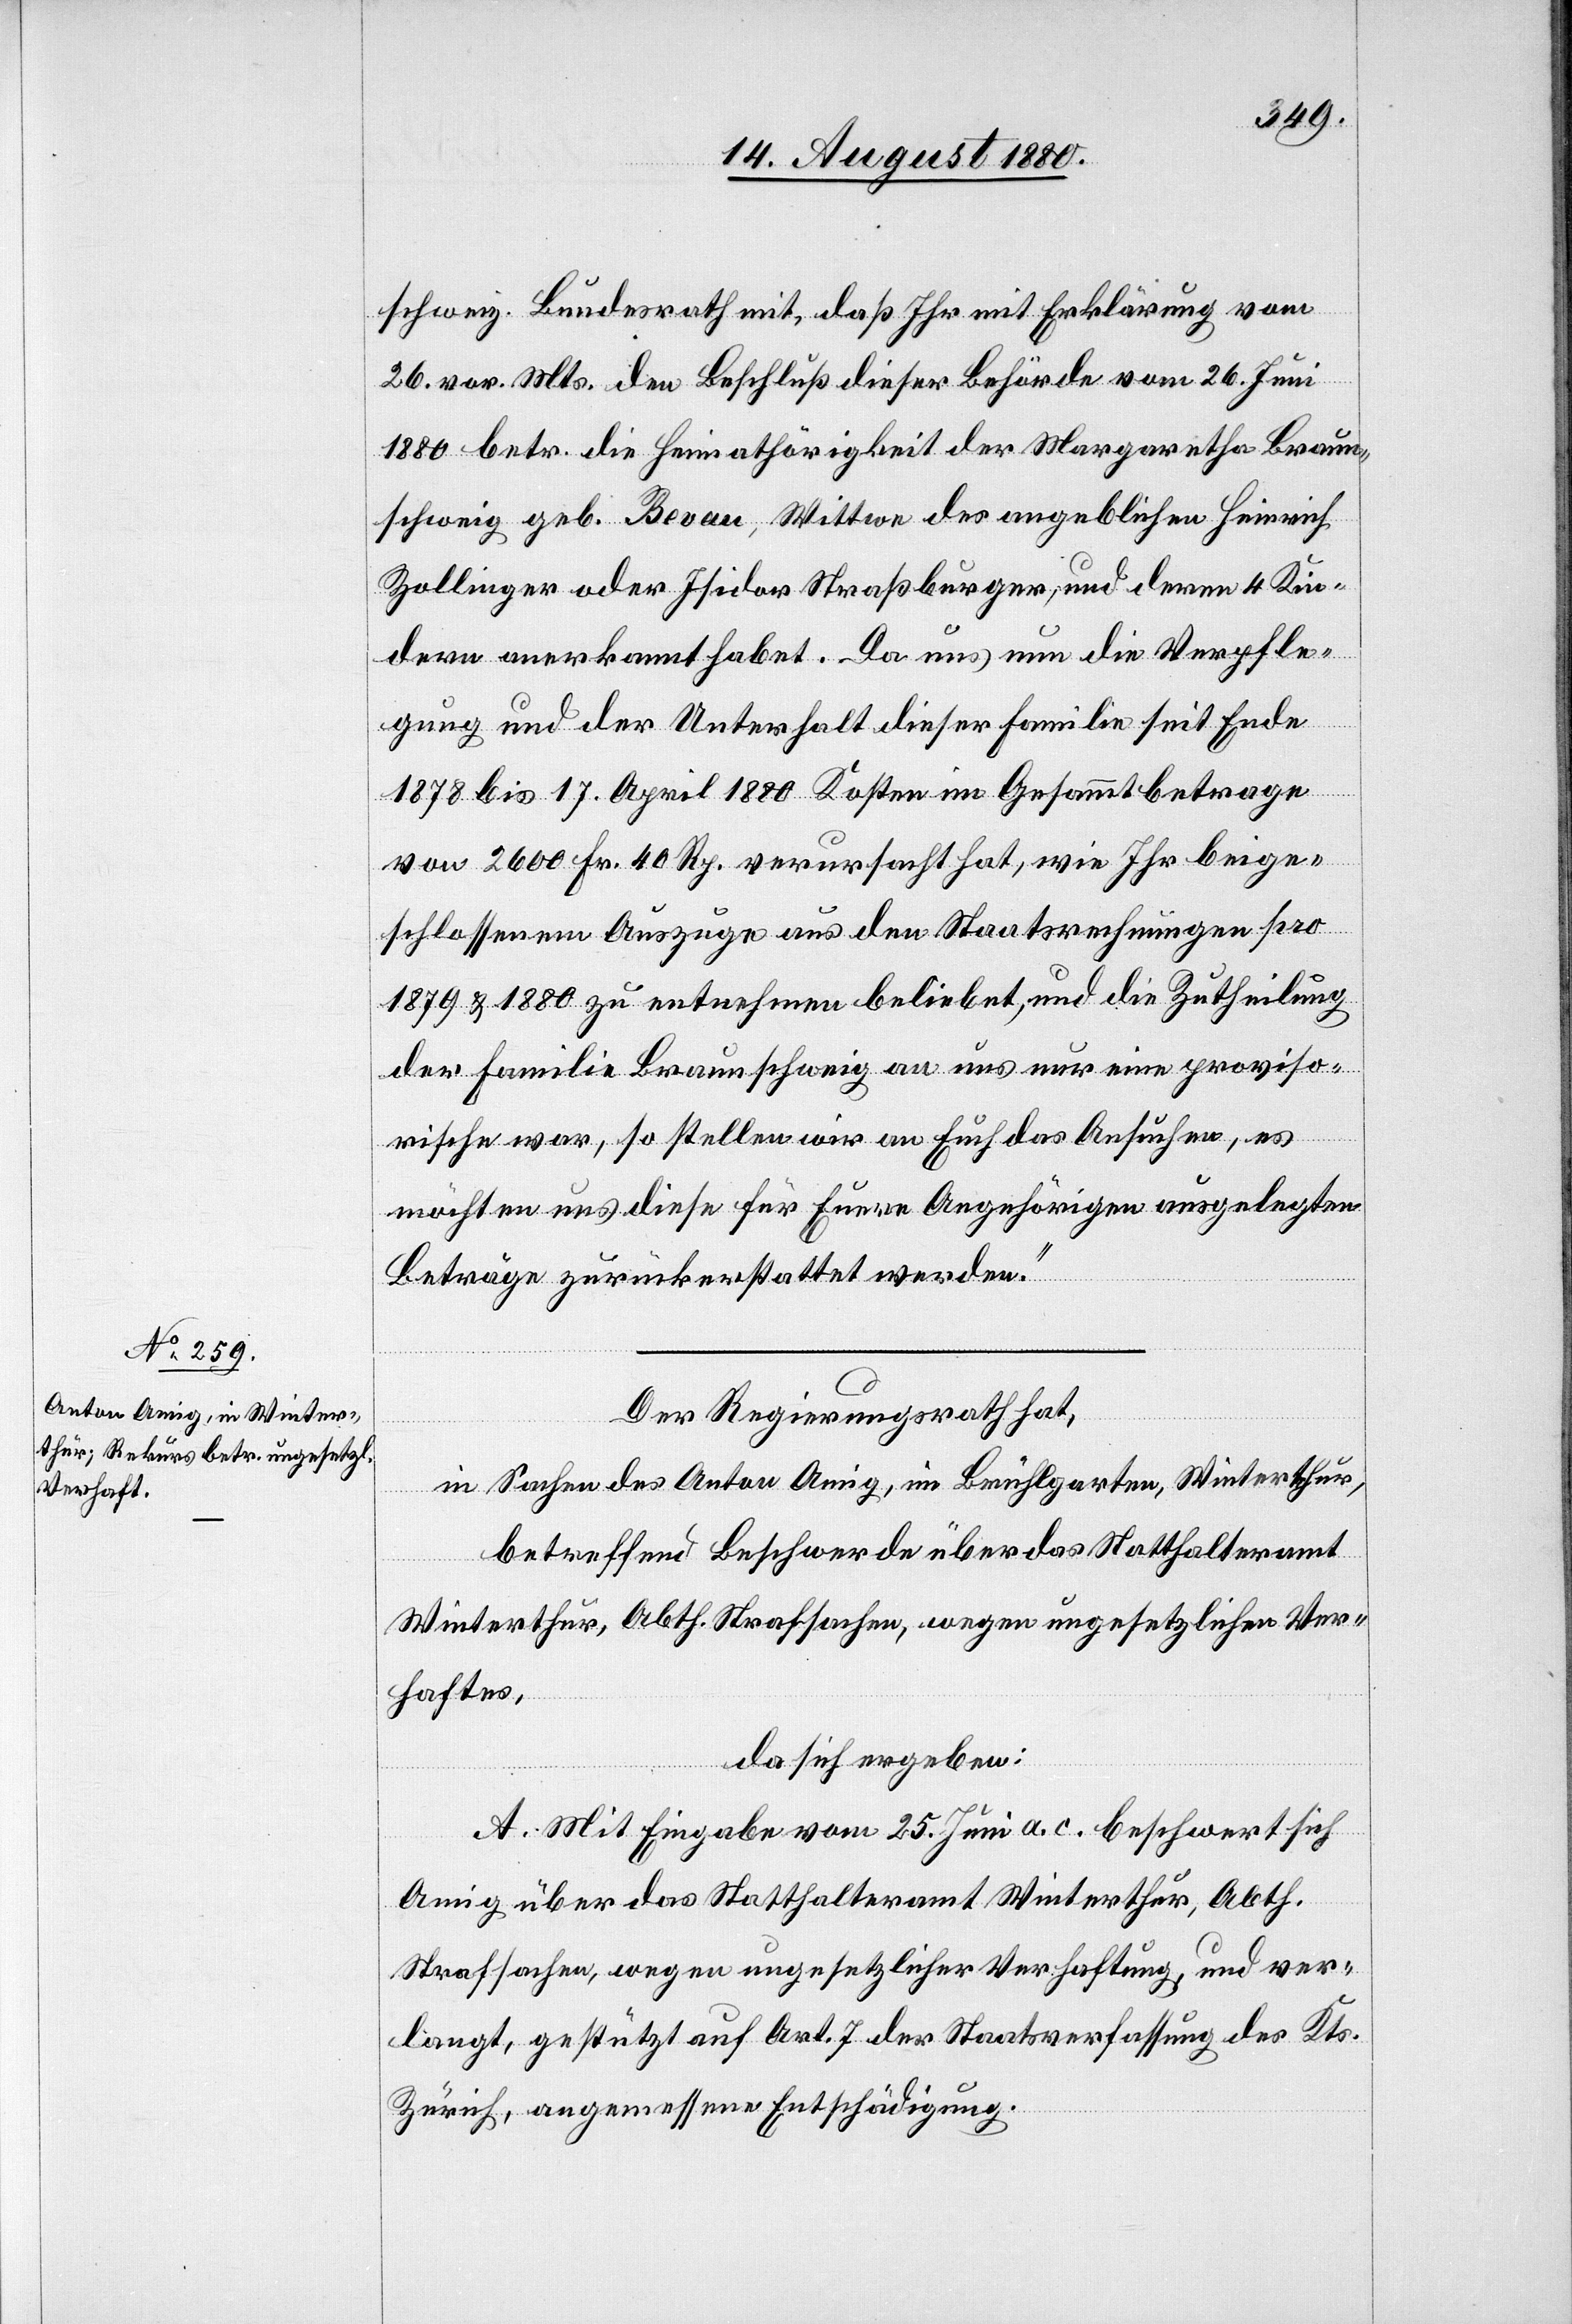
schweiz. Bundesrath mit, daß Ihr mit Erklärung vom
26. vor. Mts. den Beschluß dieser Behörde vom 26. Juni
1880 betr. die Heimathörigkeit der Margaretha Braun¬
schweig geb. Berau, Wittwe des angeblichen Heinrich
Zollinger oder Isidor Straßburger, und deren 4 Kin¬
dern anerkannt habet. Da uns nun die Verpfle¬
gung und der Unterhalt dieser Familie seit Ende
1878 bis 17. April 1880 Kosten im Gesammtbetrage
von 2600 Fr. 40 Rp. verursacht hat, wie Ihr beige¬
schlossenem Auszuge aus den Staatsrechnungen pro
1879 & 1880 zu entnehmen beliebet, und die Zutheilung
der Familie Braunschweig an uns nur eine proviso¬
rische war, so stellen wir an Euch das Ansuchen, es
möchten uns diese für Euere Angehörigen ausgelegten
Beträge zurückerstattet werden.“
Der Regierungsrath hat,
in Sachen des Anton Amig, im Brühlgarten, Winterthur,
betreffend Beschwerde über das Statthalteramt
Winterthur, Abth. Strafsachen, wegen ungesetzlichen Ver¬
haftes,
da sich ergeben:
A. Mit Eingabe vom 25. Juni a. c. beschwert sich
Amig über das Statthalteramt Winterthur, Abth.
Strafsachen, wegen ungesetzlicher Verhaftung, und ver¬
langt, gestützt auf Art. 7 der Staatverfassung des Kts.
Zürich, angemessene Entschädigung.